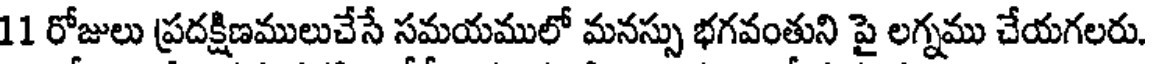
11 రోజులు ప్రదక్షిణములుచేసే సమయములో మనస్సు భగవంతుని పై లగ్నము చేయగలరు